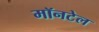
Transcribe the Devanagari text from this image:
मॉनटेल